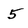
Character: 5